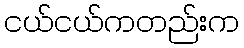
ငယ်ငယ်ကတည်းက